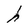
Character: h